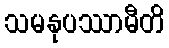
သမနုပဿာမီတိ